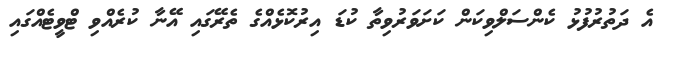
އެ ދަތުރުފުޅު ކެންސަލްވިކަން ކަށަވަރުވިތާ ކުޑަ އިރުކޮޅެއްގެ ތެރޭގައި އޭނާ ކުރެއްވި ޓްވީޓެއްގައި